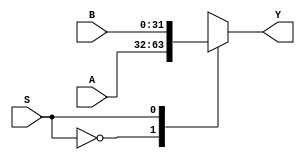

`timescale 1ns/1ns

module n_bit_mux #(parameter n=32)(input[n-1: 0]A, input [n-1: 0] B, input S, output reg [n-1:0] Y);
always@(*) begin
  case(S)
    1'b0: Y = A;
    1'b1: Y = B;
  endcase
end
endmodule